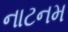
નાટનમ